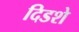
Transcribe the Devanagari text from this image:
दिडशे